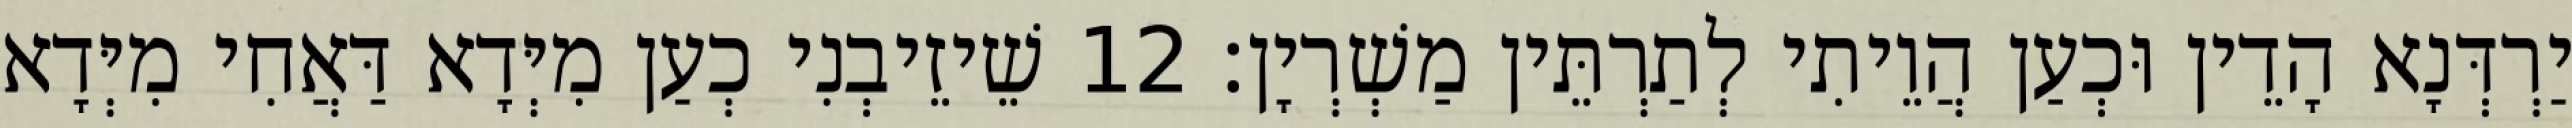
יַרְדְּנָא הָדֵין וּכְעַן הֲוֵיתִי לְתַרְתֵּין מַשְׁרְיָן׃ 12 שֵׁיזֵיבְנִי כְעַן מִיְּדָא דַּאֲחִי מִיְּדָא